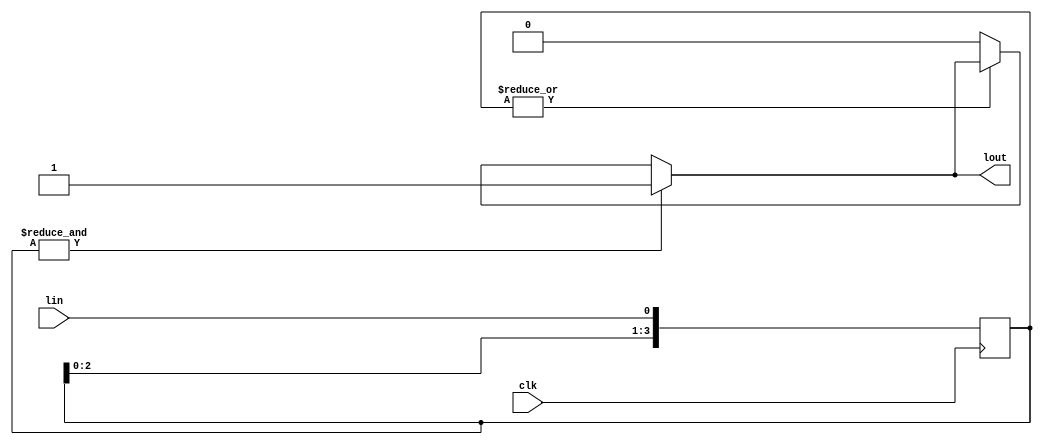

module lowpass(
	input clk,
	input lin,
	output lout
	);
	reg [3:0] lpbuf;
	always @ (posedge clk) begin lpbuf <= {lpbuf[2:0],lin}; end
	wire lin1 = & lpbuf;
	wire lin0 = | lpbuf;
	assign lout = (lin1 == 1'b1) ? 1'b1 : (lin0 == 1'b0) ? 1'b0 : lout;
endmodule